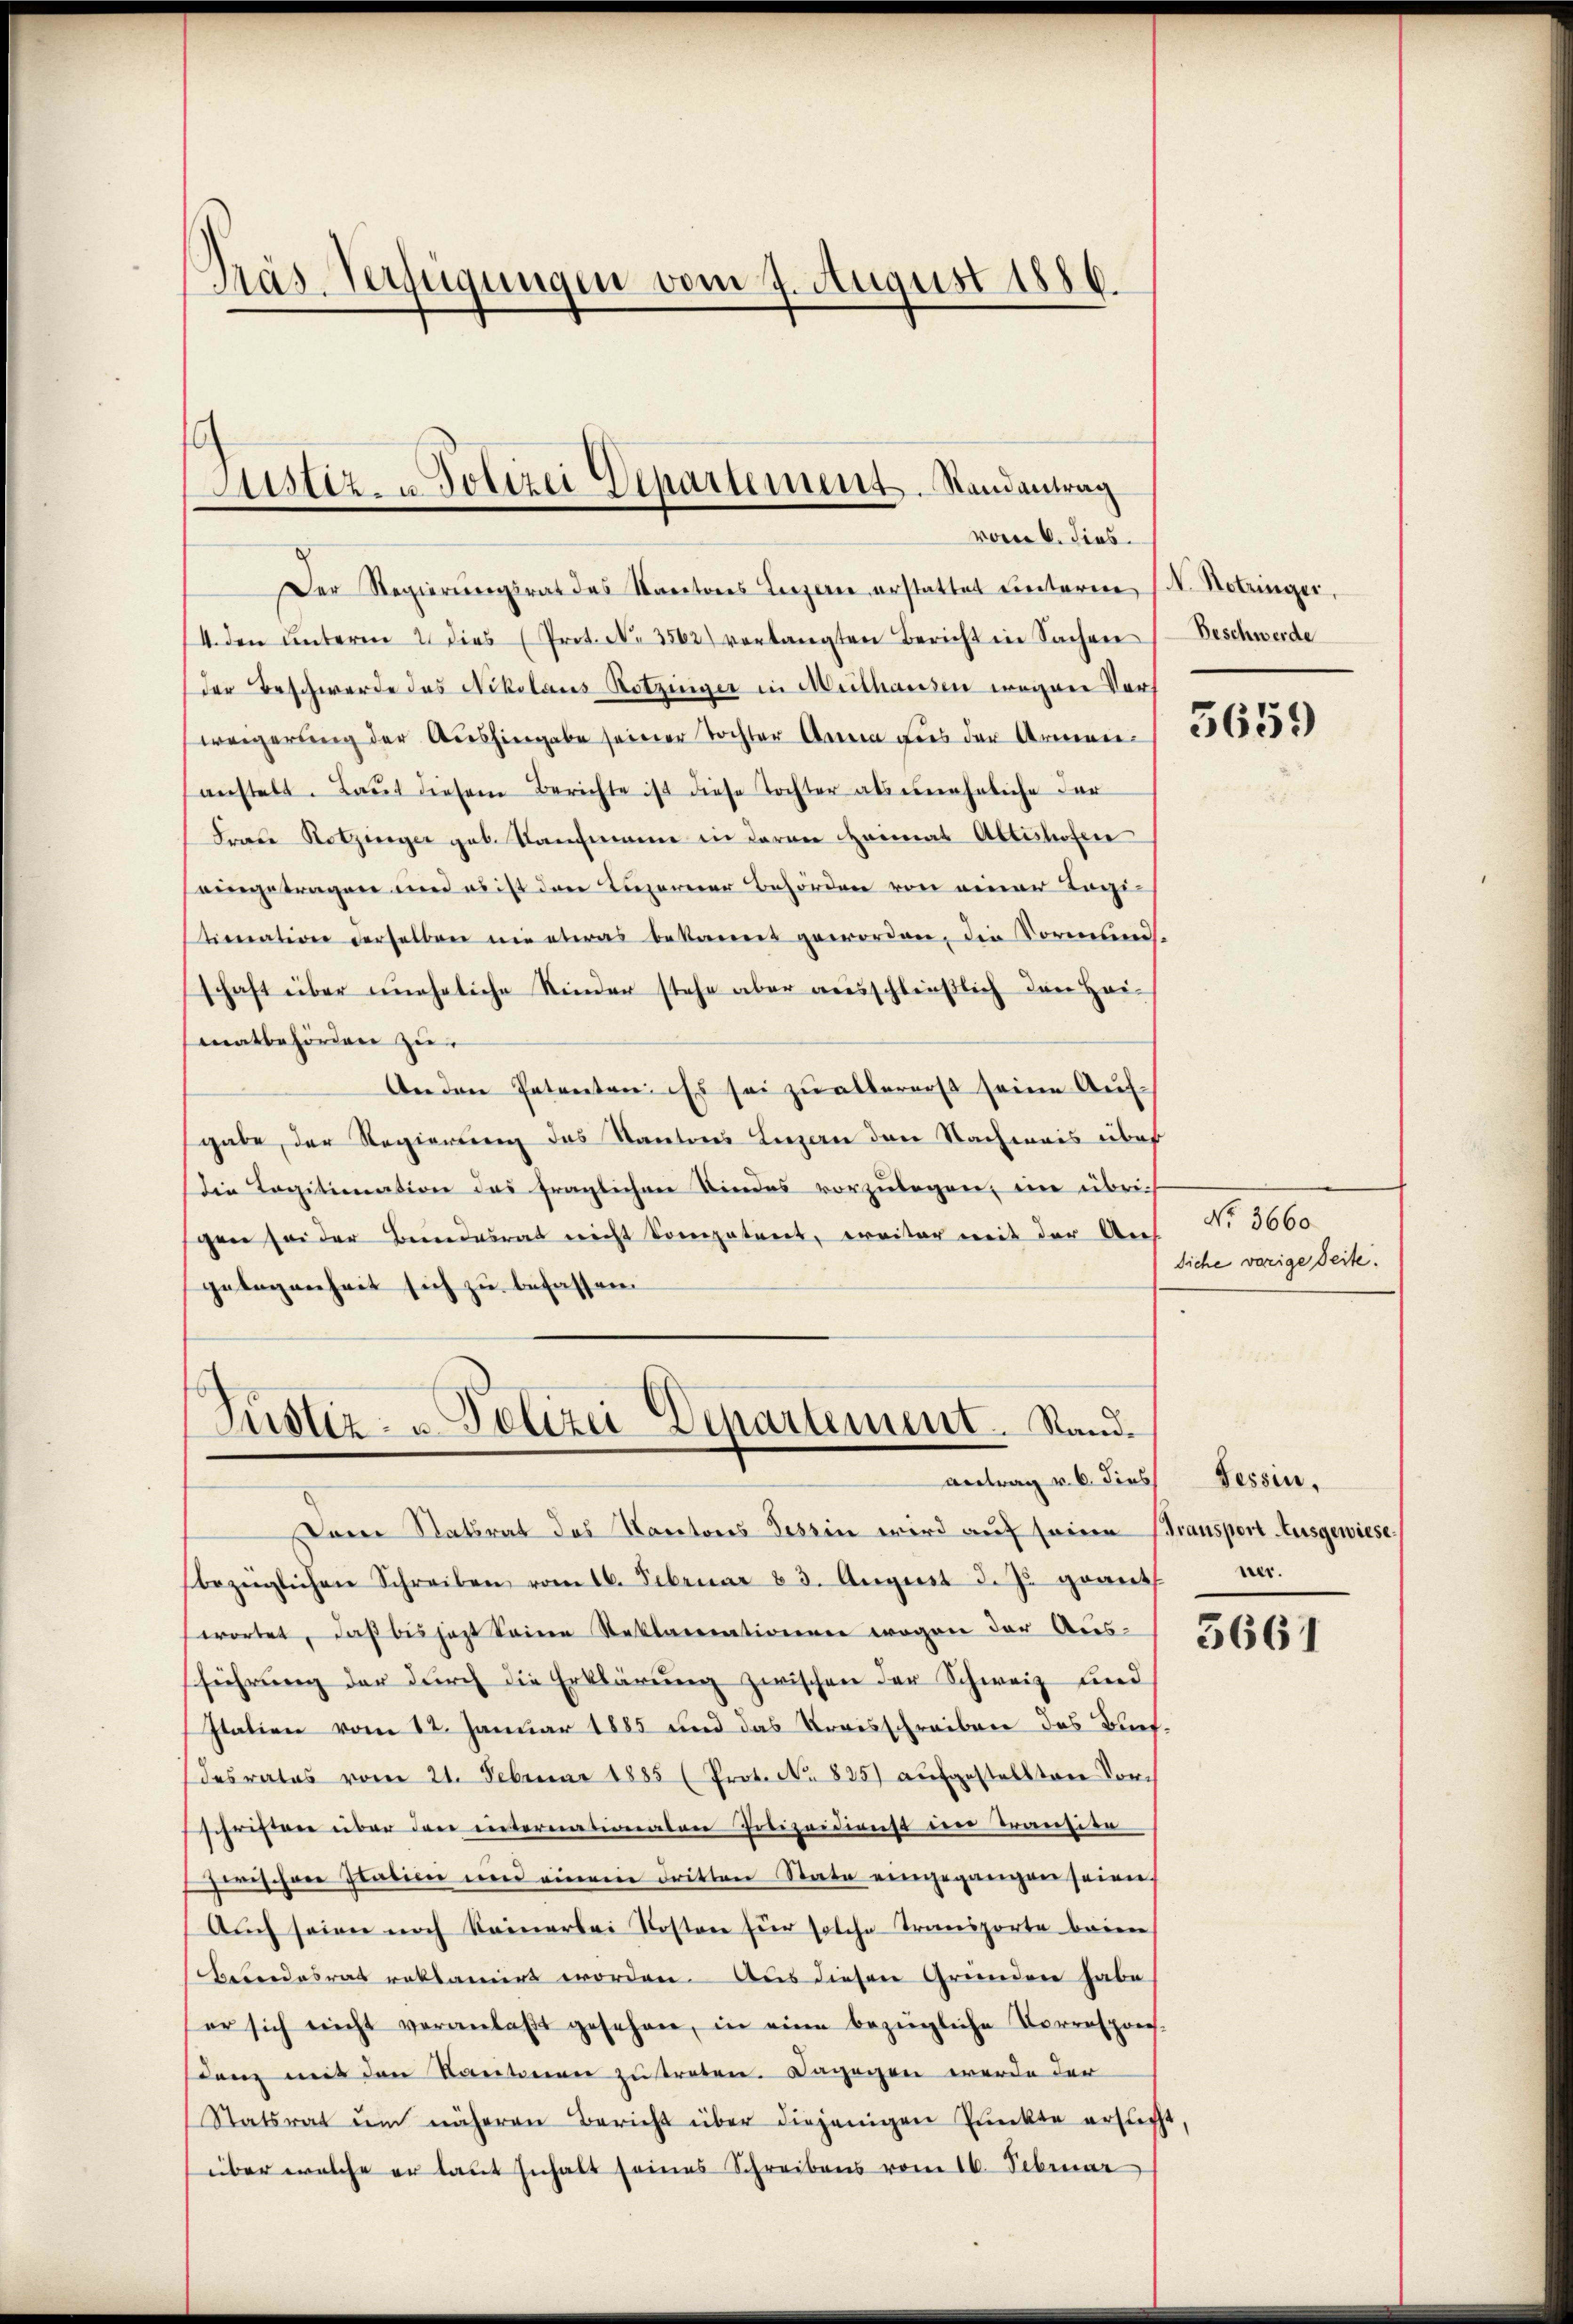
Präs-Verfügungen vom 7. August 1886.

Der Regierungsrat des Kantons Luzern erstattet Freiteren (N. Notringer,
14. den ŭnterm 2 dies (Prot. N. 3562) vorlangten Bericht in Sachen
der Beschwerde das Nikolaus Rotzinger in Meithausen wegen Vorweigerung der Aushingabe seiner Tochter Arena dies der Armenen
anstelt. Laut diesem Berichte ist diese Tochter als eineheliche dar
Frau Rotzinger geb. Kaufmanne in deren Heimat Abtishofen
eingetragen und es ist den Luzerner Behörden von einer Tagitimation derselben nie etwas bekannt geworden, die Vormund.
schaft über uneheliche Kinder stehe aber ausschließlich den Hai-
matbehörden zu
Anden Petenten. Es sei zu allererst seine Aufgabe, der Regierung des Kantons Luzern den Nachweis über
Die Legitimation das fraglichen Kindes vorzŭlegen, eine übrig
gen sei der Beendesrat nicht Compatent, ereiter mit der Aus
gelegenheit sich zu befassen.
Justiz- u. Polizei Departement. Stand¬

Justiz- u. Polizei Departement. Randantrag
vom 6. dies

Antrag v. 6. dies

Beschwerde

Dein Ratsrat des Kantons Tessin wird auf seinen (Transport Ausgewiese
bezüglichen Schreiben vom 16. Februar 23. August d. J. geant wer
wortet, daß bis jetzt seine Reklamationen wegen der Aus-
führung der durch die Erklärung zwischen der Schweiz find
Italien vom 12. Januar 1885 und das Kreisschreiben das Büefdesrates vom 21. Februar 1885 (Prot. No. 825) aufgestellten Vorschriften über den unternationalen Polizeidienst in Transitä
zwischen Patien und einem dritten State eingegangen seien
Auch seien noch keinerbei Kosten für solche Transporte baien
Besondesrat reklamirt worden. Aus diesen Gründen habe
er sich nicht veranlaβt gesehen, in eine bezügliche Vorrespons-
dan mit den Kantonen zu treten. Dagegen werde der
Statsrat ŭm näheren Bericht über diejenigen Punkte ersucht
über welche er laut zuhalt seines Schreibens vom 16. Februar

3659

No. 3660.
siche vorige Seite.

Tessin,

5661